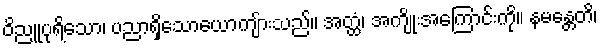
ဝိညူပုရိသော၊ ပညာရှိသောယောကျ်ားသည်။ အတ္ထံ၊ အကျိုးအကြောင်းကို။ နမန္တေတိ၊